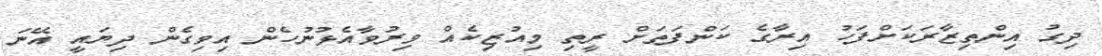
ދިގު އިންތިޒާރަކަށްފަހު އިރާގެ ކަންފަތަށް ރީތި މިއުޒިކެއް ވިރުވާއެޅުނުހެން އިވިގެން ދިޔައީ އޭނަ